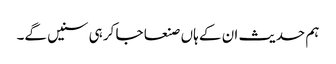
ہم حدیث ان کے ہاں صنعا جا کر ہی سنیں گے۔